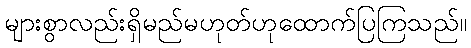
များစွာလည်းရှိမည်မဟုတ်ဟုထောက်ပြကြသည်။